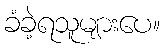
ခံခဲ့ရသူများပေ။